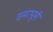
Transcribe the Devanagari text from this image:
समरभूमी